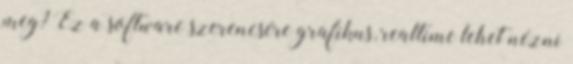
meg? Ez a software szerencsére grafikus, realtime lehet nézni